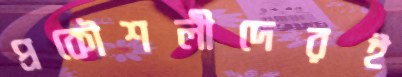
প্রকৌশলীদেরই